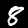
Digit: 8